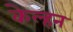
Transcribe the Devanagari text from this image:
केल्हन